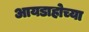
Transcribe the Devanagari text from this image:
आयडाहोच्या